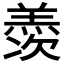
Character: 𮊰